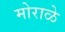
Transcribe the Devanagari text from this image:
मोराळे